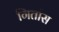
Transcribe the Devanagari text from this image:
गितांस